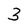
Character: 3